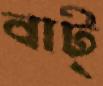
বাট্